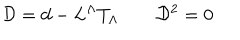
{ \cal D } = d - L ^ { \Lambda } T _ { \Lambda } \qquad { \cal D } ^ { 2 } = 0